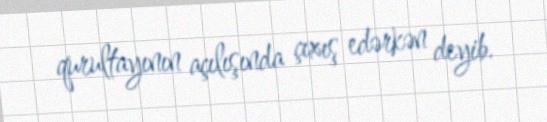
qurultayının açılışında çıxış edərkən deyib.